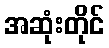
အဆုံးတိုင်